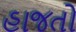
હાજતો